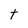
Character: t